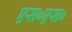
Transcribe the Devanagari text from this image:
एस०एस०